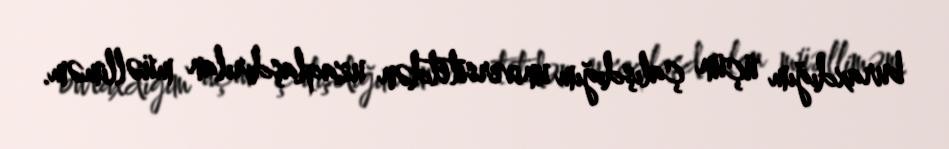
buraxdığım üçün çalışdığım universitetdən uzaqlaşdırılan müəlliməm.